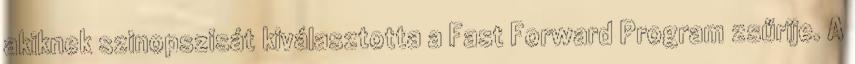
akiknek szinopszisát kiválasztotta a Fast Forward Program zsűrije. A